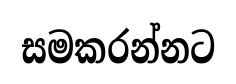
සමකරන්නට